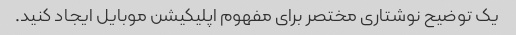
یک توضیح نوشتاری مختصر برای مفهوم اپلیکیشن موبایل ایجاد کنید.